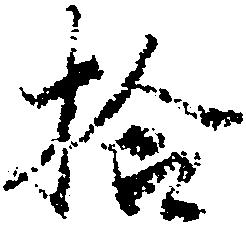
拾